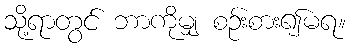
သို့ရာတွင် ဘာကိုမျှ စဉ်းစား၍မရ။